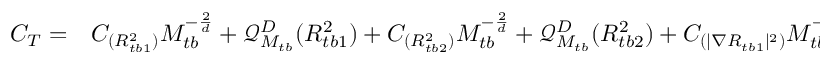
\begin{array} { r l } { C _ { T } = } & { { } C _ { ( { R _ { t b 1 } ^ { 2 } } ) } M _ { t b } ^ { - \frac { 2 } { d } } + \mathcal { Q } _ { M _ { t b } } ^ { D } ( R _ { t b 1 } ^ { 2 } ) + C _ { ( { R _ { t b 2 } ^ { 2 } } ) } M _ { t b } ^ { - \frac { 2 } { d } } + \mathcal { Q } _ { M _ { t b } } ^ { D } ( R _ { t b 2 } ^ { 2 } ) + C _ { ( | \nabla R _ { t b 1 } | ^ { 2 } ) } M _ { t b } ^ { - \frac { 2 } { d } } + \mathcal { Q } _ { M _ { t b } } ^ { D } ( | \nabla R _ { t b 1 } | ^ { 2 } ) } \end{array}